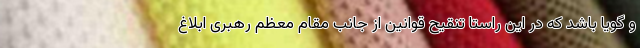
و گویا باشد که در این راستا تنقیح قوانین از جانب مقام معظم رهبری ابلاغ